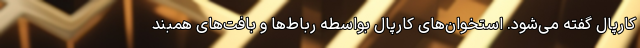
کارپال گفته می‌شود. استخوان‌های کارپال بواسطه رباط‌ها و بافت‌های همبند